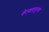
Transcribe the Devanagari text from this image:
केल्यापासूनचा